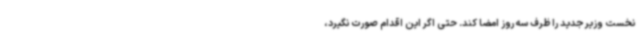
نخست وزیر جدید را ظرف سه روز امضا کند. حتی اگر این اقدام صورت نگیرد،